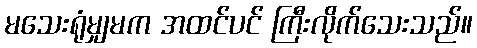
မသေးရုံမျှမက အထင်ပင် ကြီးလိုက်သေးသည်။